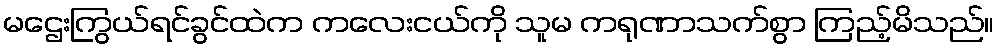
မဌေးကြွယ်ရင်ခွင်ထဲက ကလေးငယ်ကို သူမ ကရုဏာသက်စွာ ကြည့်မိသည်။